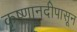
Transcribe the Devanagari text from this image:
कृष्णानदीपासून